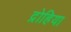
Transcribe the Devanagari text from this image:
द्रोहिया